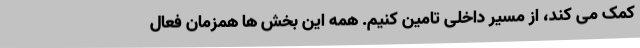
کمک می ‌کند، از مسیر داخلی تامین کنیم. همه این بخش‌ ها همزمان فعال